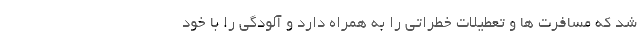
شد که مسافرت ها و تعطیلات خطراتی را به همراه دارد و آلودگی را با خود